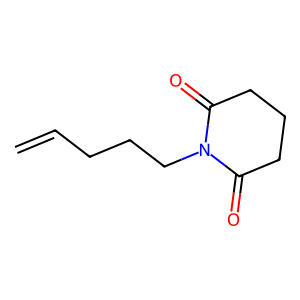
SMILES: C=CCCCN1C(=O)CCCC1=O
Inhibits HIV replication: No